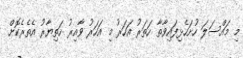
މި މައްސަލަ ހުށަހެޅިފައިވާތާ ހަތަރު އަހަރު މި އަހަރު ވާއިރު ހަތިޔާރު އެތެރެކޮށް